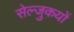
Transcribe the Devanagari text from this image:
सेल्जुकयों